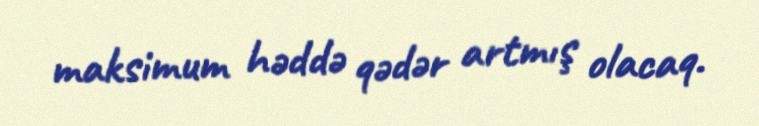
maksimum həddə qədər artmış olacaq.